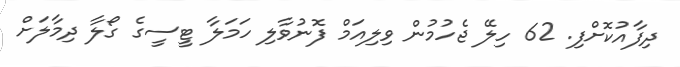
ދިފާއުކޮށްފި. 62 ހިލޭ ޖެހުމުން ވިލިއަމް ފޮނުވާލި ހަމަލާ ޓީސީގެ ގޯލާ ދިމާލަށް